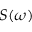
S ( \omega )